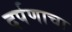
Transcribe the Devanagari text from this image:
दर्पणाचा